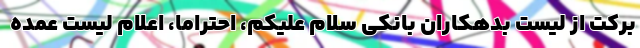
برکت از لیست بدهکاران بانکی سلام علیکم، احتراماً، اعلام لیست عمده